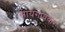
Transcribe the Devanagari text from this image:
सायगावकर